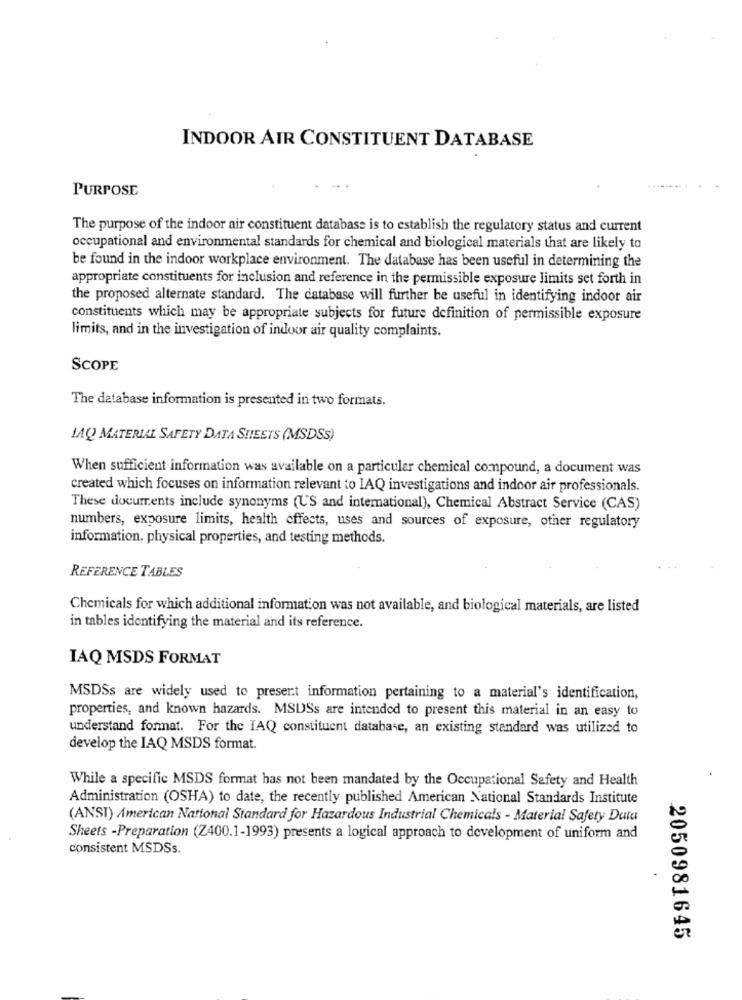
INDOOR AIR CONSTITUENT DATABASE
PURPOSE
The purpose of the indoor air constituent database is to establish the regulatory status and current
occupational and environmental standards for chemical and biological materials that are likely to
be found in the indoor workplace environment. The database has been useful in determining the
appropriate constituents for inclusion and reference in the permissible exposure limits set forth in
the proposed alternate standard. The database will further be useful in identifying indoor air
constituents which may be appropriate subjects for future definition of permissible exposure
limits, and in the investigation of indoor air quality complaints.
SCOPE
The database information is presented in two formats.
LAQ MATERIAL SAFETY DATA SHEETS (MSDSS)
When sufficient information was available on a particular chemical compound, a document was
created which focuses on information relevant to IAQ investigations and indoor air professionals.
These documents include synonyms (US and international), Chemical Abstract Service (CAS)
numbers, exposure limits, health effects, uses and sources of exposure, other regulatory
information, physical properties, and testing methods.
REFERENCE TABLES
Chemicals for which additional information was not available, and biological materials, are listed
in tables identifying the material and its reference.
IAQ MSDS FORMAT
MSDSs are widely used to present information pertaining to a material's identification,
properties, and known hazards. MSDSs are intended to present this material in an easy to
understand format. For the IAQ constituent database, an existing standard was utilized to
develop the IAQ MSDS format.
While a specific MSDS format has not been mandated by the Occupational Safety and Health
Administration (OSHA) to date, the recently published American National Standards Institute
(ANST) American National Standard for Hazardous Industrial Chemicals - Material Safety Data
Sheets -Preparation (Z400.1-1993) presents a logical approach to development of uniform and
consistent MSDSs.
2050981645